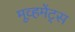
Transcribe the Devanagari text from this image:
मूव्हमेंट्स